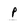
Character: p